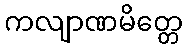
ကလျာဏမိတ္တေ